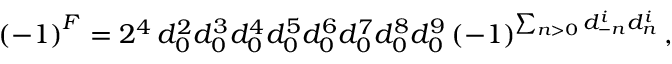
\left( - 1 \right) ^ { F } = 2 ^ { 4 } \, d _ { 0 } ^ { 2 } d _ { 0 } ^ { 3 } d _ { 0 } ^ { 4 } d _ { 0 } ^ { 5 } d _ { 0 } ^ { 6 } d _ { 0 } ^ { 7 } d _ { 0 } ^ { 8 } d _ { 0 } ^ { 9 } \left( - 1 \right) ^ { \sum _ { n > 0 } d _ { - n } ^ { i } d _ { n } ^ { i } } ,